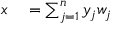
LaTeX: \begin{array} { r l } { x } & { { } = \sum _ { j = 1 } ^ { n } y _ { j } w _ { j } } \end{array}